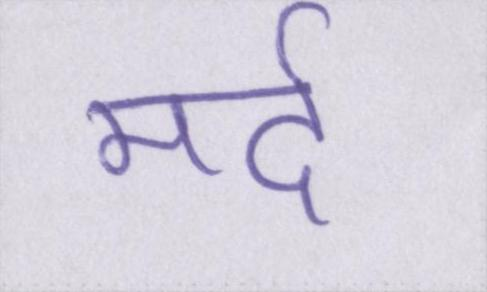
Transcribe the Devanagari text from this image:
मर्द